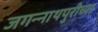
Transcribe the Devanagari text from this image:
जगन्‍नाथपुरीच्या